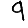
Digit: 9